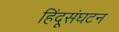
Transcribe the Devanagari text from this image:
हिंदूसंघटन